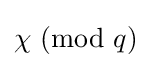
{\textstyle \chi ~(\mathrm {mod} ~q)}